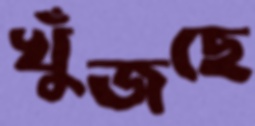
খুঁজছে